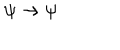
LaTeX: \psi \rightarrow \psi